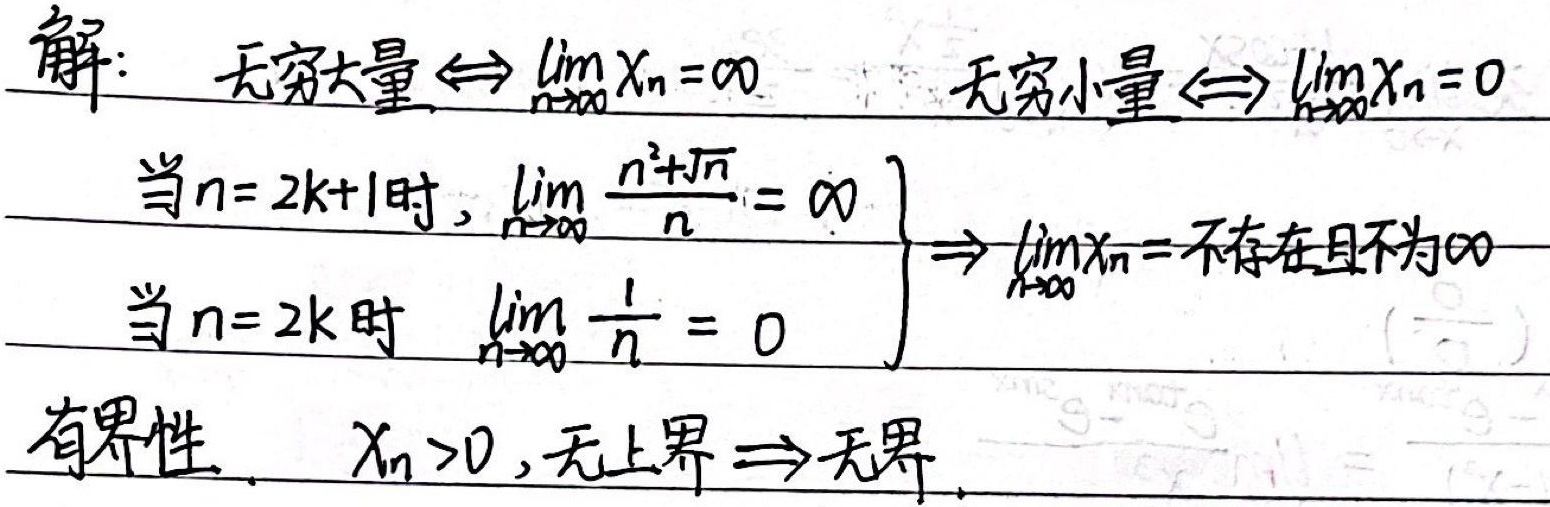
解：无穷大量 \(\Leftrightarrow\lim_{n \to \infty}x_{n}=\infty\)
无穷小量 \(\Leftrightarrow\lim_{n \to \infty}x_{n}=0\)

当 \(n = 2k + 1\) 时，\(\lim_{n \to \infty}\frac{n^{2}+\sqrt{n}}{n}=\infty\)

当 \(n = 2k\) 时，\(\lim_{n \to \infty}\frac{1}{n}=0\)

\(\left.\begin{matrix} \ \\ \ \end{matrix}\right\}\Rightarrow\lim_{n \to \infty}x_{n}=\text{不存在且不为}\infty\)

有界性：\(x_{n}>0\)，无上界 \(\Rightarrow\) 无界